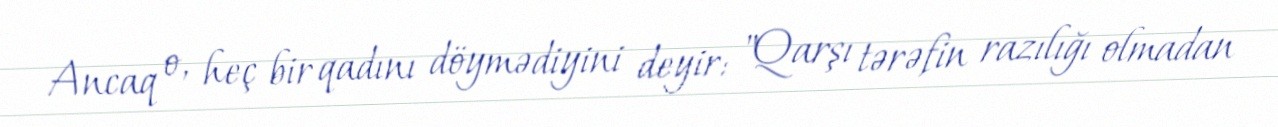
Ancaq o, heç bir qadını döymədiyini deyir: "Qarşı tərəfin razılığı olmadan